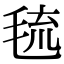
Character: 㲙